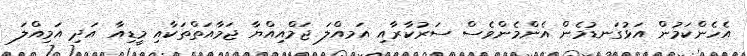
އެހެންކަމުން އަޅުގަނޑުމެން އެންމެންވެސް ސަރުކާރާއި އަމއްލަ ޖަމްއިއްޔާ ޖަމާއަތްތަކާއި މީޑިއާ އަދި އަމިއްލަ